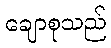
ချောစုသည်